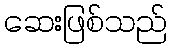
ဆေးဖြစ်သည်